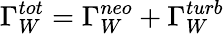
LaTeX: \Gamma_{W}^{tot}=\Gamma_{W}^{neo}+\Gamma_{W}^{turb}